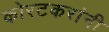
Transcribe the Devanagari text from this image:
कोरटकरांनी